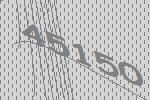
45150